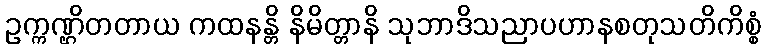
ဥက္ကဏ္ဌိတတာယ ကထနန္တိ နိမိတ္တာနိ သုဘာဒိသညာပဟာနစတုသတိကိစ္စံ